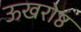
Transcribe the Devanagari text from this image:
ऊखरोष्ठ